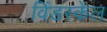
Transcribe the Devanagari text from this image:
विंडस्केल